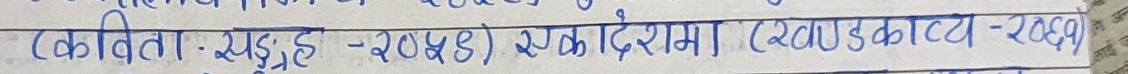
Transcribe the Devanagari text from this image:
(कविता सङ्‌ग्रह - २०५४) एकादेशमा (खण्डकाव्य-२०६१)